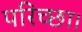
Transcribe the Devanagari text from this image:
परिच्‍छा।